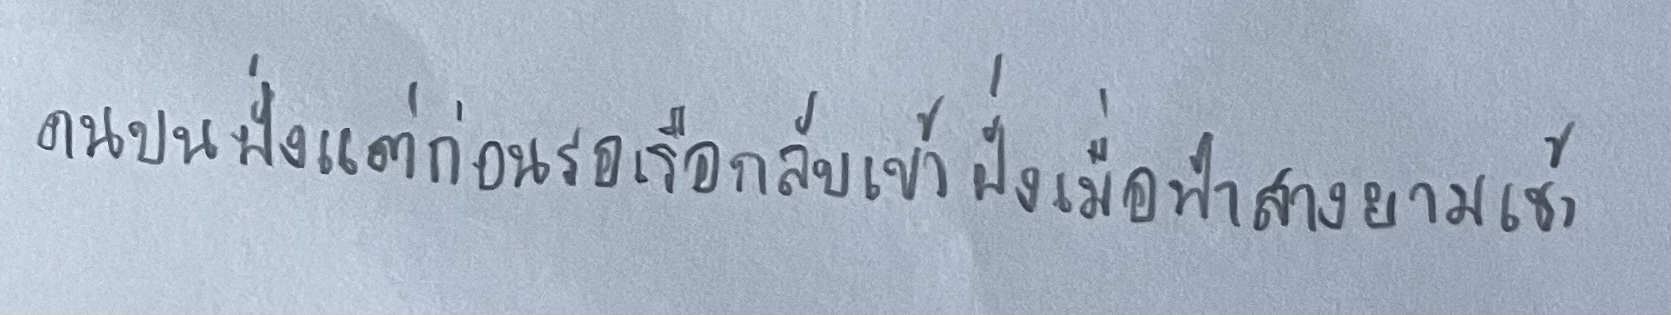
คนบนฝั่งแต่ก่อนรอเรือกลับเข้าฝั่งเมื่อฟ้าสางยามเช้า